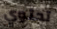
تحتوي